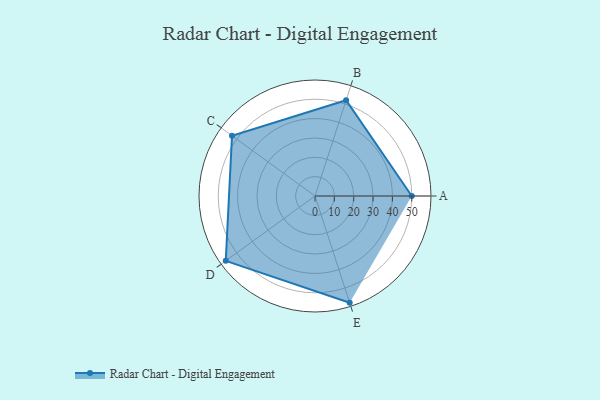
{"axis": {"x": "Skill", "y": "Score"}, "legend": ["Profile"], "data": [{"x": "A", "y": 50.0, "type": "Profile"}, {"x": "B", "y": 52.0, "type": "Profile"}, {"x": "C", "y": 53.0, "type": "Profile"}, {"x": "D", "y": 57.0, "type": "Profile"}, {"x": "E", "y": 58.0, "type": "Profile"}]}